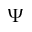
\Psi